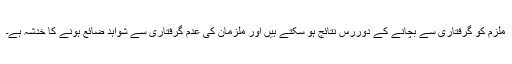
ملزم کو گرفتاری سے بچانے کے دوررس نتائج ہو سکتے ہیں اور ملزمان کی عدم گرفتاری سے شواہد ضائع ہونے کا خدشہ ہے۔